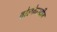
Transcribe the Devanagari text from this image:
वोल्फेन्स्टीन